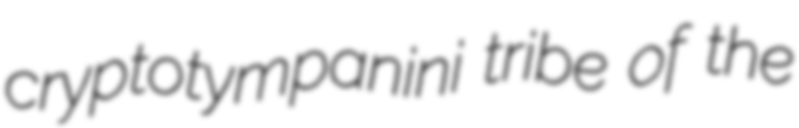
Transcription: cryptotympanini tribe of the